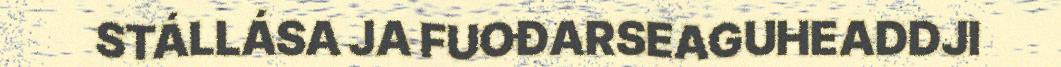
STÁLLÁSA JA FUOĐARSEAGUHEADDJI